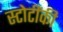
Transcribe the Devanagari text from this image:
स्टोटींकी